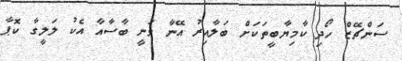
ސަންޗޭޒް ހޯދި ކާމިޔާބީތަކަށް ބަލާއިރު އޭނާ ވަނީ ބާސާއާ އެކު ލަލީގާ ކޮޕާ